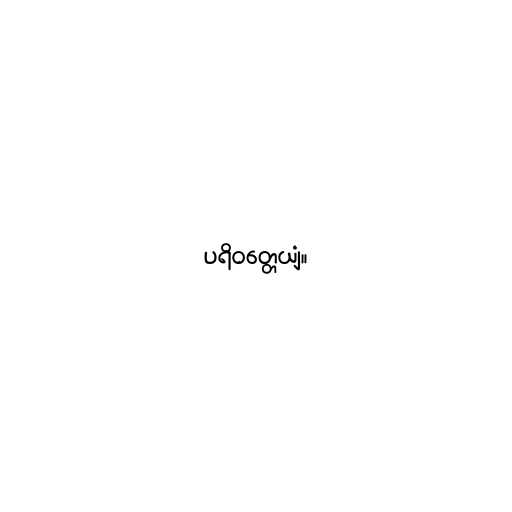
ပရိဝတ္တေယျံ။